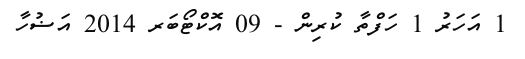
1 އަހަރު 1 ހަފްތާ ކުރިން - 09 އޮކްޓޯބަރ 2014 އަޟުހާ